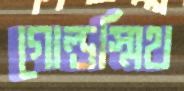
গোল্ডস্মিথ